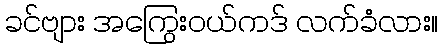
ခင်ဗျား အကြွေးဝယ်ကဒ် လက်ခံလား။